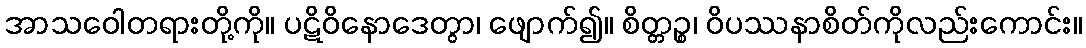
အာသဝေါတရားတို့ကို။ ပဋိဝိနောဒေတွာ၊ ဖျောက်၍။ စိတ္တဉ္စ၊ ဝိပဿနာစိတ်ကိုလည်းကောင်း။